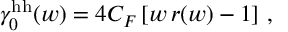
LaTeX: \gamma _ { 0 } ^ { \mathrm { h h } } ( w ) = 4 C _ { F } \left[ w \, r ( w ) - 1 \right] \, ,